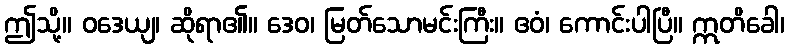
ဤသို့။ ဝဒေယျ၊ ဆိုရာ၏။ ဒေဝ၊ မြတ်သောမင်းကြီး။ ဧဝံ၊ ကောင်းပါပြီ။ ဣတိခေါ၊